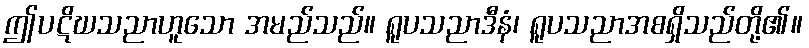
ဤပဋိဃသညာဟူသော အမည်သည်။ ရူပသညာဒီနံ၊ ရူပသညာအစရှိသည်တို့၏။